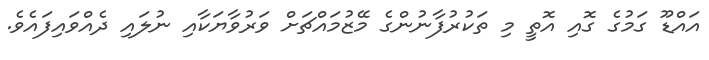
އައްޑޫ ގަމުގެ ގޮއި އޮތީ މި ތަކުރުފާނުންގެ މޭޒުމައްޗަށް ވަރުވާޔަކާއި ނުލައި ދެއްވައިފައެވެ.